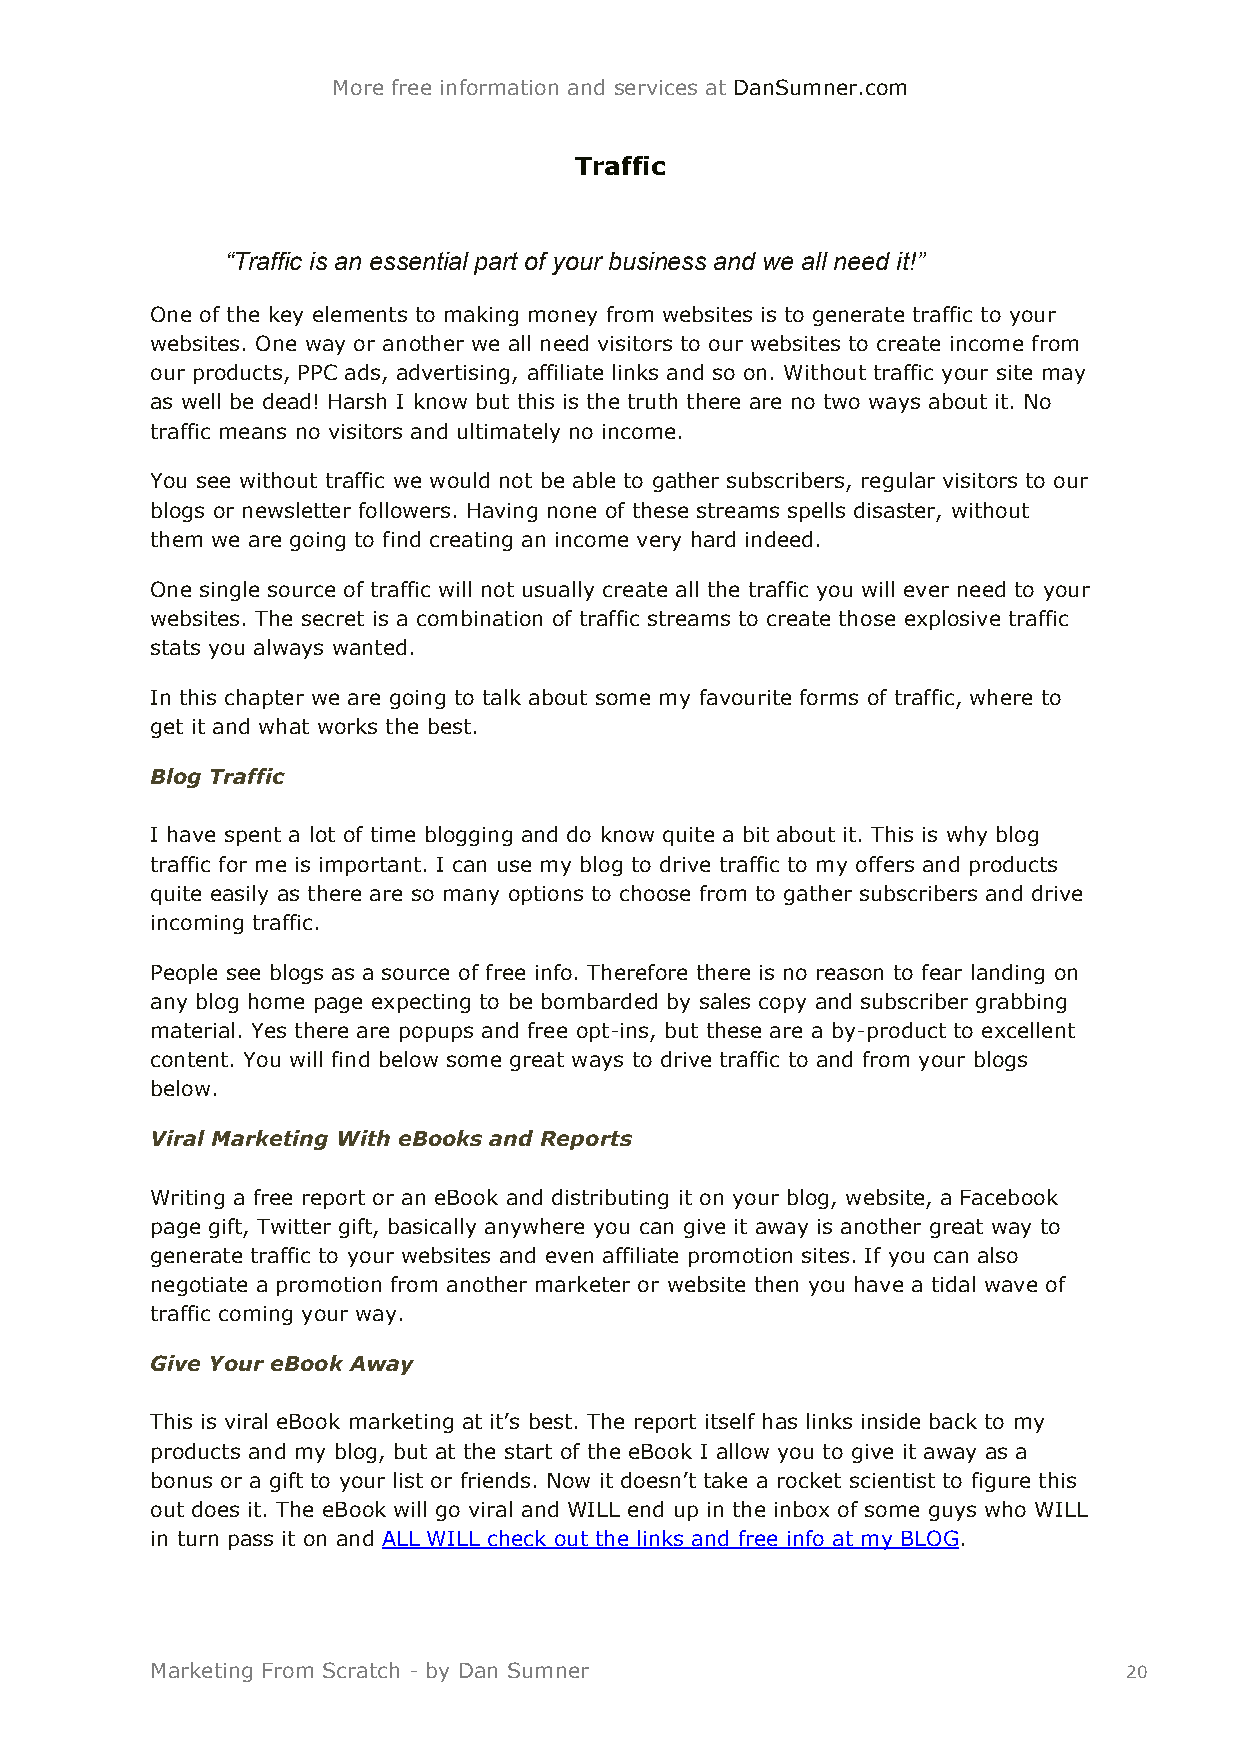
More free information and services at DanSumner.com
 Traffic
 “Traffic is an essential part of your business and we all need it!”
 One of the key elements to making money from websites is to generate traffic to your
 websites. One way or another we all need visitors to our websites to create income from
 our products, PPC ads, advertising, affiliate links and so on. Without traffic your site may
 as well be dead! Harsh I know but this is the truth there are no two ways about it. No
 traffic means no visitors and ultimately no income.
 You see without traffic we would not be able to gather subscribers, regular visitors to our
 blogs or newsletter followers. Having none of these streams spells disaster, without
 them we are going to find creating an income very hard indeed.
 One single source of traffic will not usually create all the traffic you will ever need to your
 websites. The secret is a combination of traffic streams to create those explosive traffic
 stats you always wanted.
 In this chapter we are going to talk about some my favourite forms of traffic, where to
 get it and what works the best.
 Blog Traffic
 I have spent a lot of time blogging and do know quite a bit about it. This is why blog
 traffic for me is important. I can use my blog to drive traffic to my offers and products
 quite easily as there are so many options to choose from to gather subscribers and drive
 incoming traffic.
 People see blogs as a source of free info. Therefore there is no reason to fear landing on
 any blog home page expecting to be bombarded by sales copy and subscriber grabbing
 material. Yes there are popups and free opt-ins, but these are a by-product to excellent
 content. You will find below some great ways to drive traffic to and from your blogs
 below.
 Viral Marketing With eBooks and Reports
 Writing a free report or an eBook and distributing it on your blog, website, a Facebook
 page gift, Twitter gift, basically anywhere you can give it away is another great way to
 generate traffic to your websites and even affiliate promotion sites. If you can also
 negotiate a promotion from another marketer or website then you have a tidal wave of
 traffic coming your way.
 Give Your eBook Away
 This is viral eBook marketing at it’s best. The report itself has links inside back to my
 products and my blog, but at the start of the eBook I allow you to give it away as a
 bonus or a gift to your list or friends. Now it doesn’t take a rocket scientist to figure this
 out does it. The eBook will go viral and WILL end up in the inbox of some guys who WILL
 in turn pass it on and ALL WILL check out the links and free info at my BLOG.
 Marketing From Scratch - by Dan Sumner                          20